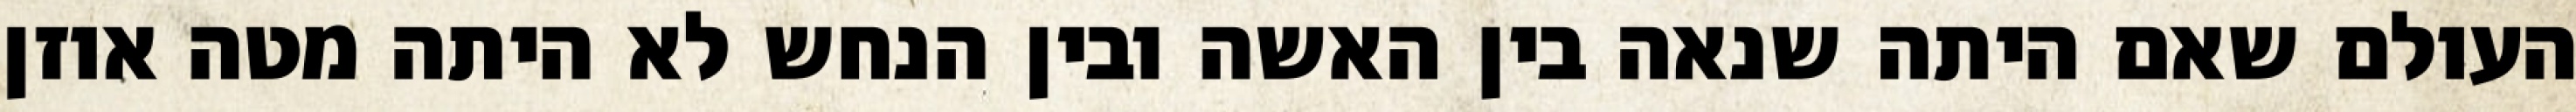
העולם שאם היתה שנאה בין האשה ובין הנחש לא היתה מטה אוזן